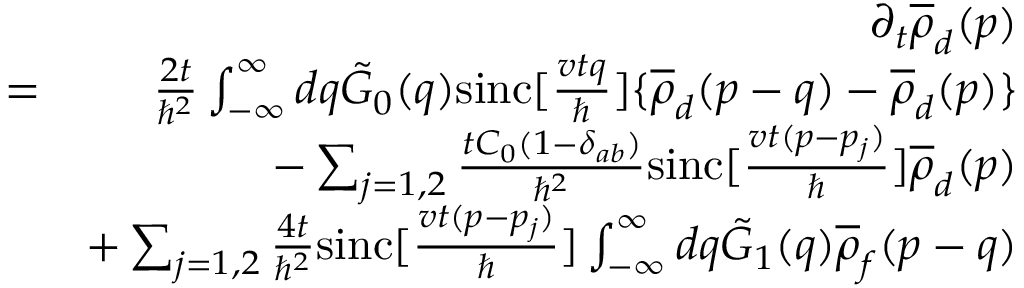
\begin{array} { r l r } & { } & { \partial _ { t } \overline { { \rho } } _ { d } ( p ) } \\ & { = } & { \frac { 2 t } { \hbar ^ { 2 } } \int _ { - \infty } ^ { \infty } d q \tilde { G } _ { 0 } ( q ) \mathrm { s i n c } [ \frac { v t q } { \hbar } ] \{ \overline { { \rho } } _ { d } ( p - q ) - \overline { { \rho } } _ { d } ( p ) \} } \\ & { } & { - \sum _ { j = 1 , 2 } \frac { t C _ { 0 } ( 1 - \delta _ { a b } ) } { \hbar ^ { 2 } } \mathrm { s i n c } [ \frac { v t ( p - p _ { j } ) } { \hbar } ] \overline { { \rho } } _ { d } ( p ) } \\ & { } & { + \sum _ { j = 1 , 2 } \frac { 4 t } { \hbar ^ { 2 } } \mathrm { s i n c } [ \frac { v t ( p - p _ { j } ) } { \hbar } ] \int _ { - \infty } ^ { \infty } d q \tilde { G } _ { 1 } ( q ) \overline { { \rho } } _ { f } ( p - q ) } \end{array}